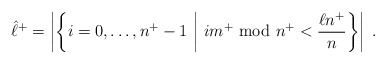
\begin{align*}\hat{\ell}^+ =\left| \left\{ i = 0,\ldots,n^+-1 ~\middle|~i m^+ {\rm ~mod~} n^+ < \frac{\ell n^+}{n} \right\} \right| \;.\end{align*}